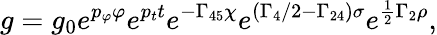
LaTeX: \displaystyle{g=g_{0}e^{p_{\varphi}\varphi}e^{p_{t}t}e^{-\Gamma_{45}\chi}e^{(\Gamma_{4}/2-\Gamma_{24})\sigma}e^{\frac{1}{2}\Gamma_{2}\rho}},